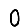
Digit: 0